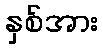
နှစ်အား